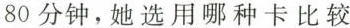
80分钟，她选用哪种卡比较